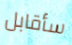
سأقابل